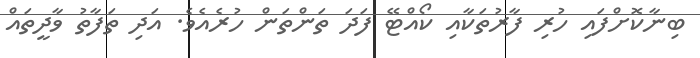
ބިނާކޮށްފައި ހުރި ފާރުތަކާއި ކޯއްޓޭ ފަދަ ތަންތަން ހުރެއެވެ. އަދި ތަފާތު ވާދީތައް